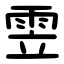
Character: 雴